Lunatic asylums United Provinces 1899-1908 - 1899-1908
Year: 1899
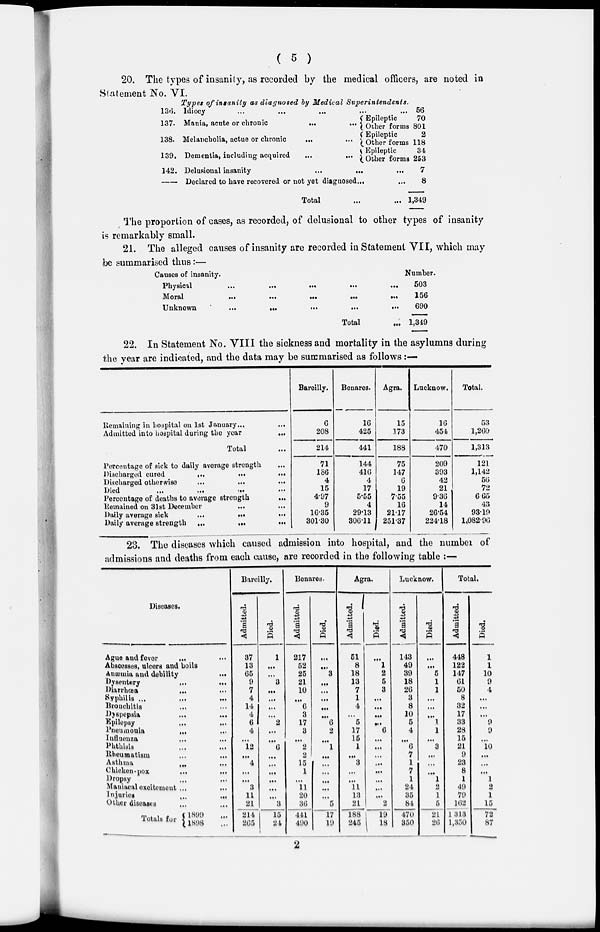
( 5 )
20. The types of insanity, as recorded by the medical officers, are noted in
Statement No. VI.
Types of insanity as diagnosed by Medical
Superintendents.
136.
137.
138.
139.
142.
Idiocy
...
...
...
...
...
Mania, acute or chronic
...
...
Melancholia, actue or chronic
...
...
Dementia, including acquired
...
...
Epileptic
Other forms
Epileptic
Other forms
Epileptic
Other forms
Delusional insanity
...
...
...
Declared to have recovered or not yet diagnosed ...
...
Total
...
...
56
70
801
2
118
34
253
7
8
1,349
The proportion of cases, as recorded, of delusional to other types of insanity
is remarkably small.
21. The alleged causes of insanity are recorded in Statement VII, which may
be summarised thus:—
Causes of insanity.
Physical … … … … …
Moral
…
…
…
…
…
Unknown … … … … …
Total ...
Number.
503
156
690
1,349
22. In Statement No. VIII the sickness and mortality in the asylumns during
the year are indicated, and the data may be summarised as follows:—
Remaining in hospital on 1st January
...
...
Admitted into hospital during the year
...
Total ...
Percentage of sick to daily average strength ...
Discharged cured
...
...
...
Discharged otherwise ... ... ...
Died ... ... ... ...
Percentage of deaths to average strength
...
Remained on 31st December ... ...
Daily average sick
...
...
...
Daily average strength
...
...
...
Bareilly.
6
208
214
71
186
4
15
4.97
9
16.35
301.30
Benares.
16
425
441
144
416
4
17
5.55
4
29.13
306.11
Agra.
15
173
188
75
147
6
19
7.55
16
21.17
251.37
Lucknow.
16
454
470
209
393
42
21
9.36
14
26.54
224.18
Total.
53
1,260
1,313
121
1,142
56
72
6.65
43
93.19
1,082.96
23. The diseases which caused admission into hospital, and the number of
admissions and deaths from each cause, are recorded in the following table :—
Diseases.
Ague and fever ... ...
Abscesses, ulcers and boils
Anæmia and debility
...
Dysentery ... ...
Diarrhœa ... ...
Syphilis ... ... ...
Bronchitis ... ...
Dyspepsia ... ...
Epilepsy ... ...
Pneumonia
...
...
Influenza ... ...
Phthisis ... ...
Rheumatism … …
Asthma ... ...
Chicken-pox … …
Dropsy ... ...
Maniacal excitement ... ...
Injuries ... ...
Other diseases ……
Totals for 1899 ...
1898 ...
Bareilly.
Admitted.
37
13
65
9
7
4
14
4
6
4
...
12
...
4
...
...
3
11
21
214
265
Died.
1
...
...
3
...
...
...
...
2
...
...
6
…
…
…
...
...
…
3
15
24
Benares.
Admitted.
217
52
25
21
10
...
6
3
17
3
...
2
2
15
1
…
11
20
36
441
490
Died.
...
...
3
...
...
...
...
...
6
2
...
1
…
…
…
…
...
…
5
17
19
Agra.
Admitted.
51
8
18
13
7
1
4
...
5
17
15
1
...
3
…
…
11
13
21
188
245
Died.
...
1
2
5
3
...
...
...
…
6
...
…
…
…
...
…
...
…
2
19
18
Lucknow.
Admitted.
143
49
39
18
26
3
8
10
5
4
…
6
7
1
7
1
24
35
84
470
350
Died.
...
...
5
1
1
...
...
…
1
1
...
3
...
…
…
1
2
1
5
21
26
Total.
Admitted.
448
122
147
61
50
8
32
17
33
28
15
21
9
23
8
1
49
79
162
1,313
1,350
Died.
1
1
10
9
4
...
...
…
9
9
…
10
...
…
…
1
2
1
15
72
87
2